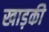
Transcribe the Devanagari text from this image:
खाड़की